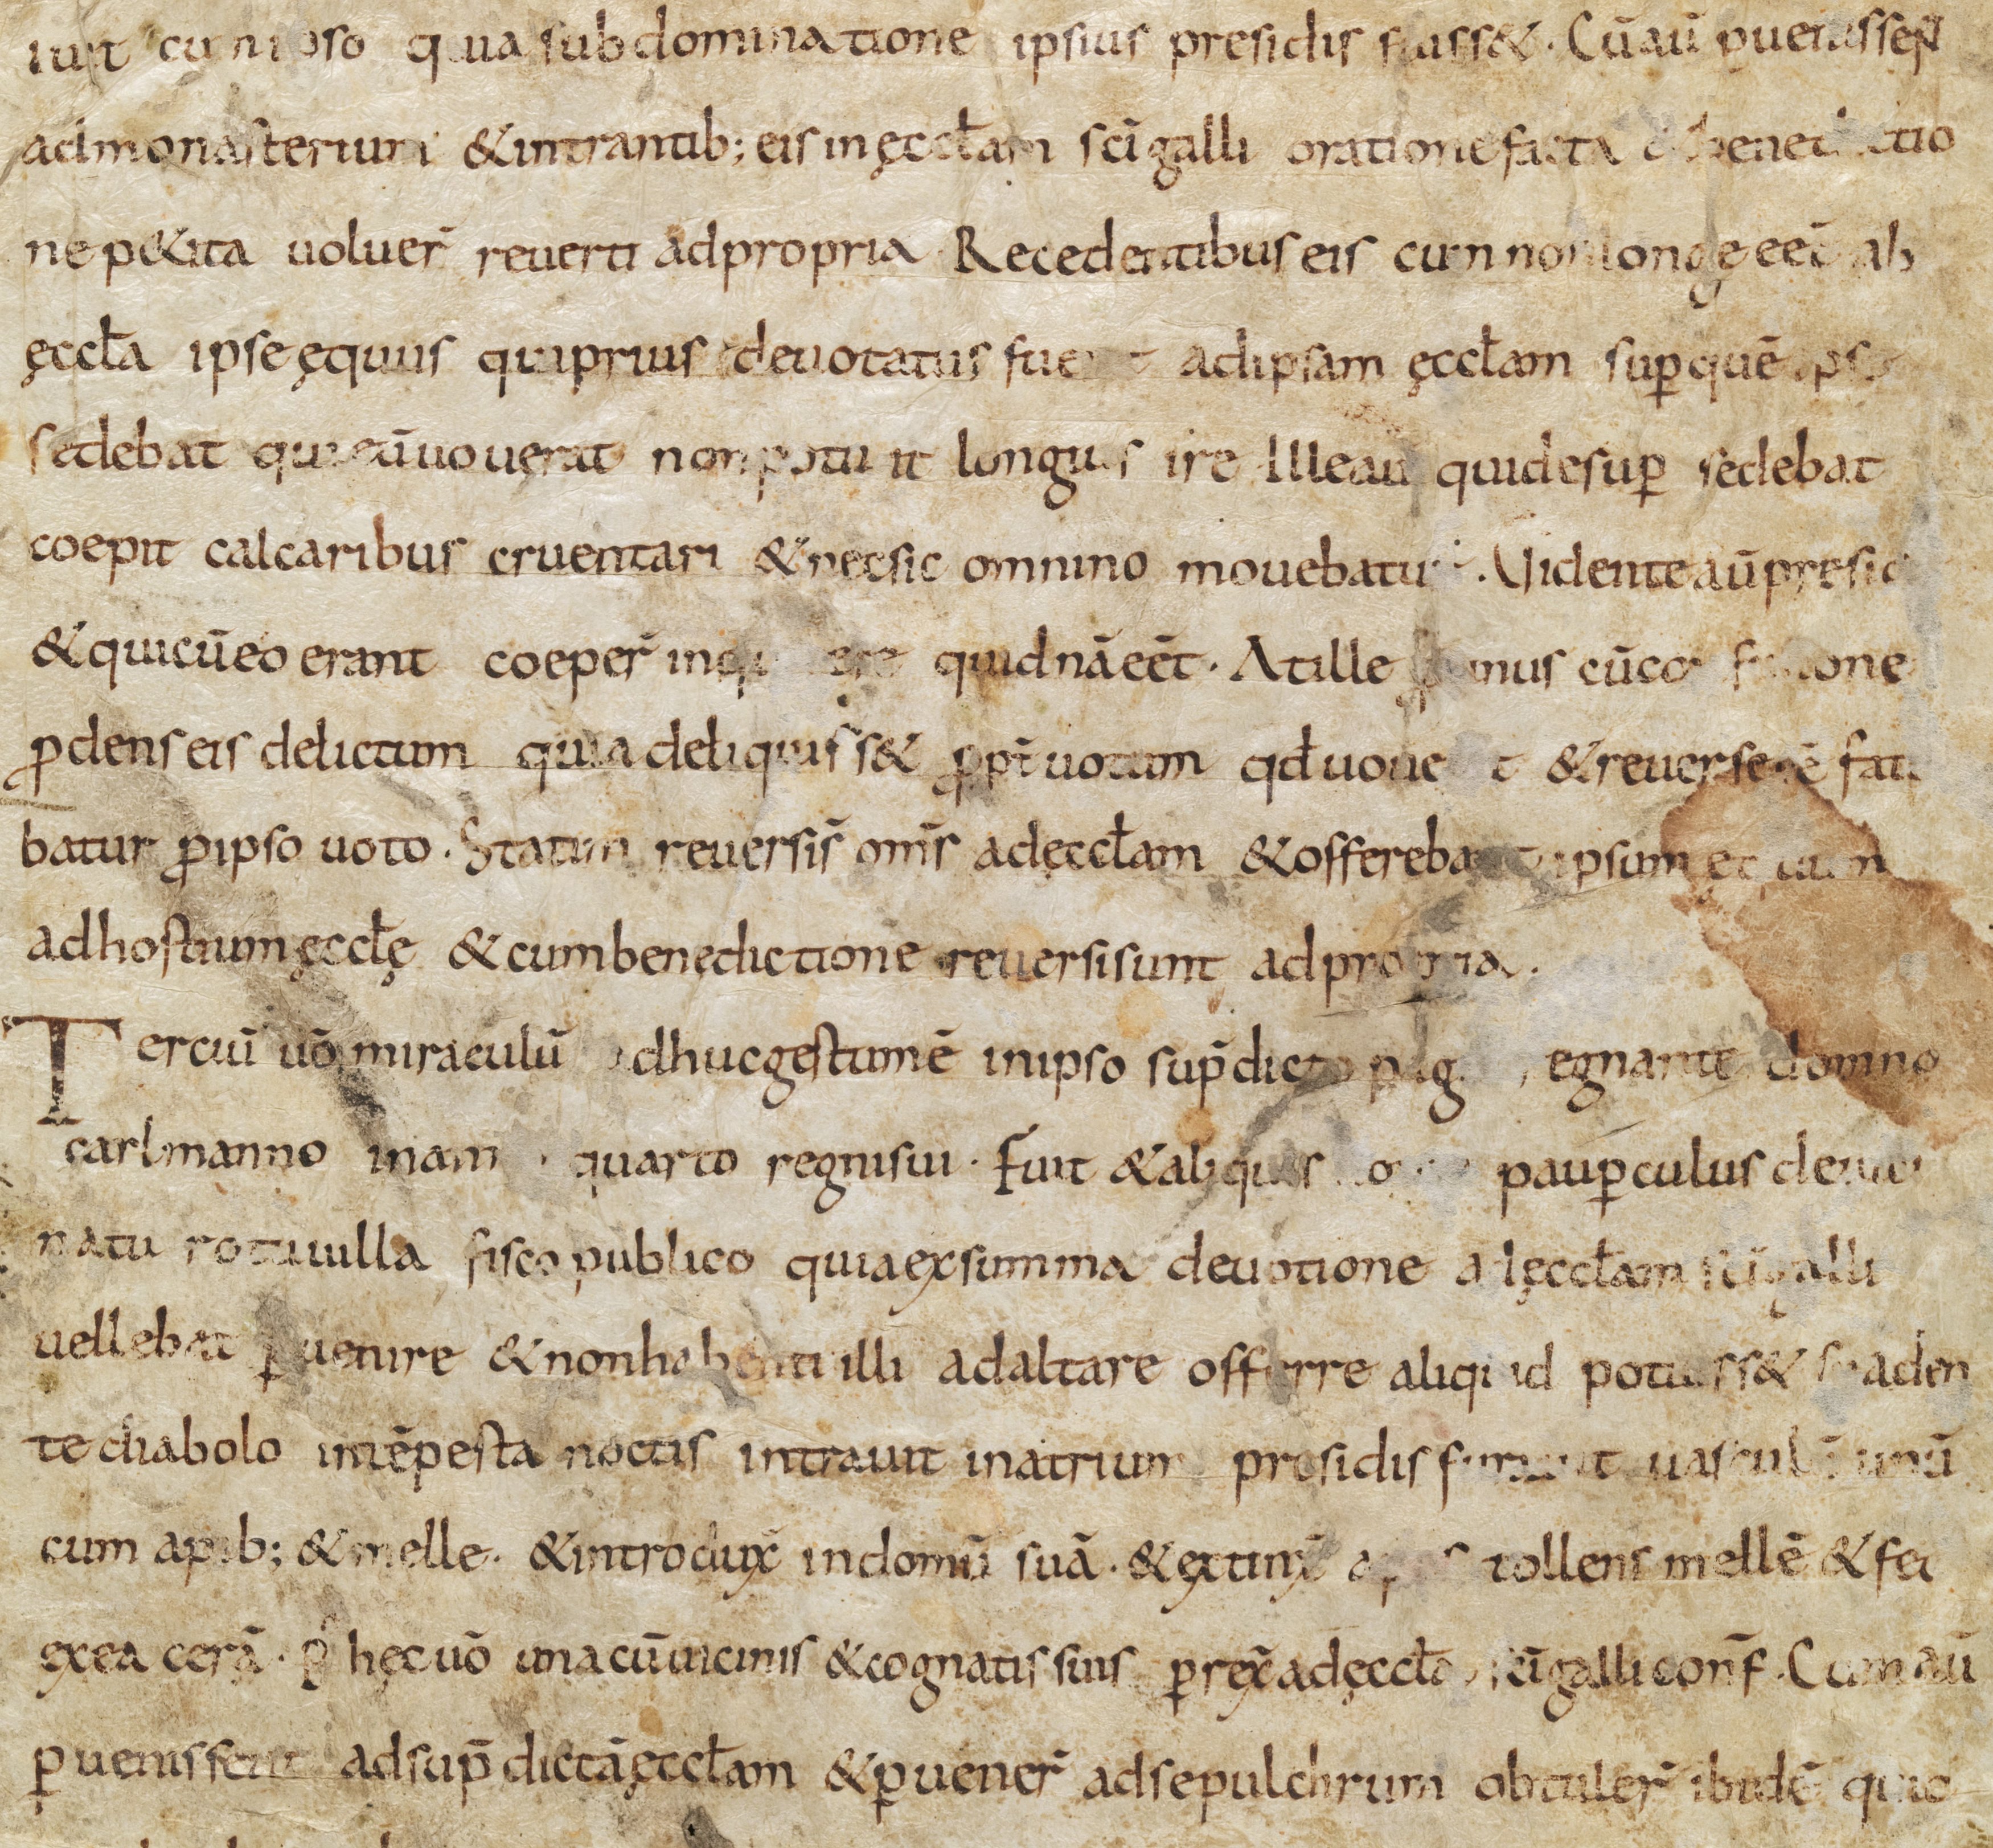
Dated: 800–849